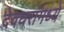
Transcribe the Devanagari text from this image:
देवघरांमध्ये